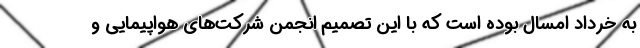
به خرداد امسال بوده است که با این تصمیم انجمن شرکت‌های هواپیمایی و